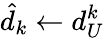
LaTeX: \hat{d}_{k}\gets d_{U}^{k}